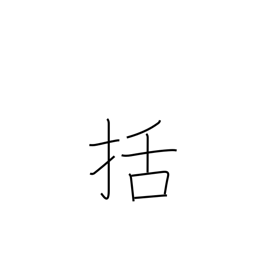
Meaning: fasten